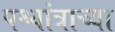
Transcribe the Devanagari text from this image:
पश्चांत्राच्या